Document type: Endowment
Year: 1330
Scribe: Arnau [Delpàs]
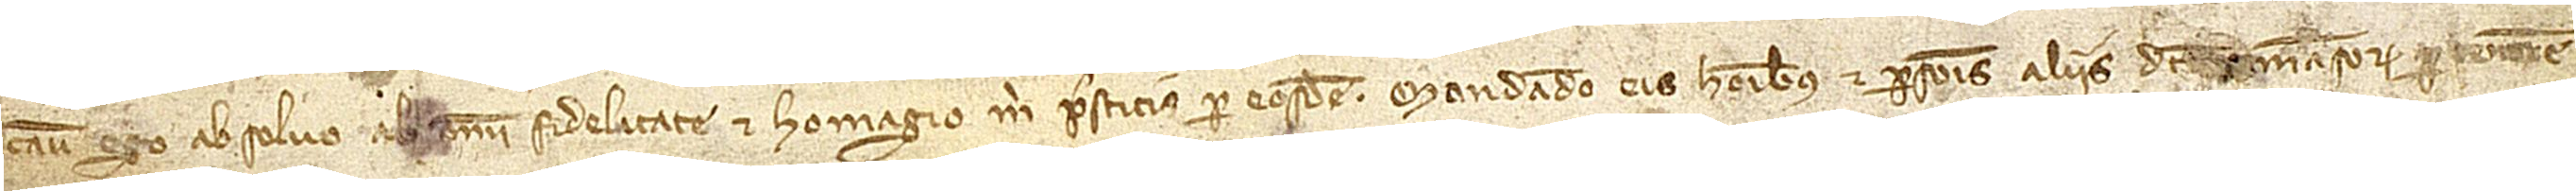
casu ego absolvo ab omni fidelitate et homagio mihi prestitis per eosdem. Mandando eis hominibus et personis aliis d[ic]t[orum] mansorum per tenorem